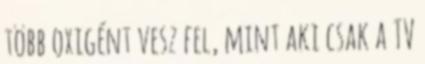
több oxigént vesz fel, mint aki csak a TV